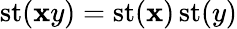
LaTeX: \operatorname{st}(\mathbf{x}y)=\operatorname{st}(\mathbf{x})\operatorname{st}(y)